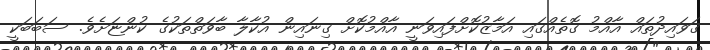
ގަވައިދުތައް އާއްމު ގޮތެއްގައި އަމާޒުކޮށްފައިވަނީ އާއްމުކޮށް ގިނައިން އުކާލާ ބާވަތްތަކުގެ ކުންޏަށެވެ. ސަބަބަކީ